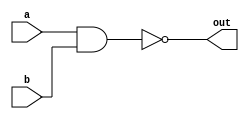
 module mynanad(out,a,b);
   output out;
   input a,b;
   
   nand mynand1(out,a,b);
   
 endmodule